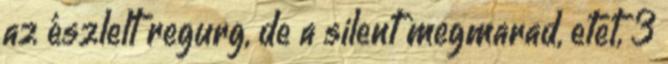
az észlelt regurg, de a silent megmarad, etet, 3